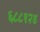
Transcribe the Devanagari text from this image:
६८८१२४